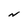
Character: N